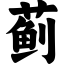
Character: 蓟